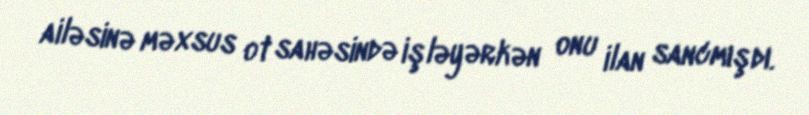
ailəsinə məxsus ot sahəsində işləyərkən onu ilan sancmışdı.